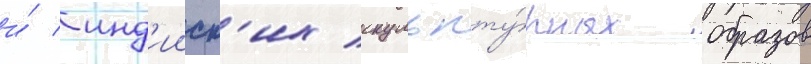
и́ инд'ииск'их скульпту́рных образов